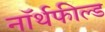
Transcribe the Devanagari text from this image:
नॉर्थफील्ड